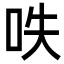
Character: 呹